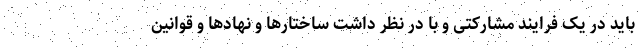
باید در یک فرایند مشارکتی و با در نظر داشت ساختارها و نهادها و قوانین